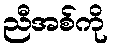
ညီအစ်ကို